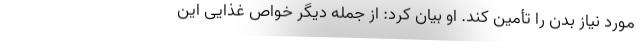
مورد نیاز بدن را تأمین کند. او بیان کرد: از جمله دیگر خواص غذایی این